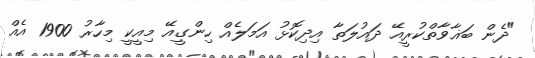
"ދެން ބަޣާވާތްކުރީއޭ ދައުލަތާ އިދިކޮޅު އަމަލެއް ހިންގީއޭ މިއީކީ މިހާރު 1900 އެއް